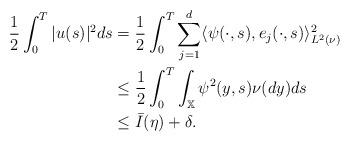
LaTeX: \begin{align*}\frac{1}{2}\int_{0}^{T}|u(s)|^{2}ds & =\frac{1}{2}\int_{0}^{T}\sum_{j=1}^{d}\langle \psi(\cdot,s),e_{j}(\cdot,s)\rangle_{L^{2}(\nu)}^{2} \\& \leq\frac{1}{2}\int_{0}^{T}\int_{\mathbb{X}}\psi^{2}(y,s)\nu (dy)ds \\& \leq\bar{I}(\eta)+\delta. \end{align*}